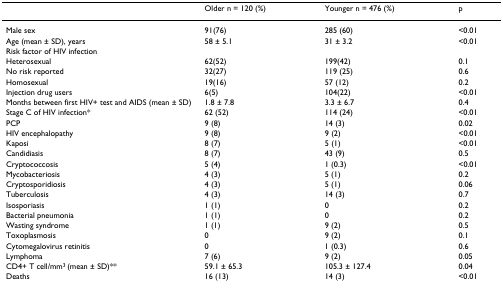
<table><thead><tr><td></td><td><b>Older n = 120 (%)</b></td><td><b>Younger n = 476 (%)</b></td><td><b>p</b></td></tr></thead><tbody><tr><td>Male sex</td><td>91(76)</td><td>285 (60)</td><td>&lt;0.01</td></tr><tr><td>Age (mean ± SD), years</td><td>58 ± 5.1</td><td>31 ± 3.2</td><td>&lt;0.01</td></tr><tr><td>Risk factor of HIV infection</td><td></td><td></td><td></td></tr><tr><td>Heterosexual</td><td>62(52)</td><td>199(42)</td><td>0.1</td></tr><tr><td>No risk reported</td><td>32(27)</td><td>119 (25)</td><td>0.6</td></tr><tr><td>Homosexual</td><td>19(16)</td><td>57 (12)</td><td>0.2</td></tr><tr><td>Injection drug users</td><td>6(5)</td><td>104(22)</td><td>&lt;0.01</td></tr><tr><td>Months between first HIV+ test and AIDS (mean ± SD)</td><td>1.8 ± 7.8</td><td>3.3 ± 6.7</td><td>0.4</td></tr><tr><td>Stage C of HIV infection*</td><td>62 (52)</td><td>114 (24)</td><td>&lt;0.01</td></tr><tr><td>PCP</td><td>9 (8)</td><td>14 (3)</td><td>0.02</td></tr><tr><td>HIV encephalopathy</td><td>9 (8)</td><td>9 (2)</td><td>&lt;0.01</td></tr><tr><td>Kaposi</td><td>8 (7)</td><td>5 (1)</td><td>&lt;0.01</td></tr><tr><td>Candidiasis</td><td>8 (7)</td><td>43 (9)</td><td>0.5</td></tr><tr><td>Cryptococcosis</td><td>5 (4)</td><td>1 (0.3)</td><td>&lt;0.01</td></tr><tr><td>Mycobacteriosis</td><td>4 (3)</td><td>5 (1)</td><td>0.2</td></tr><tr><td>Cryptosporidiosis</td><td>4 (3)</td><td>5 (1)</td><td>0.06</td></tr><tr><td>Tuberculosis</td><td>4 (3)</td><td>14 (3)</td><td>0.7</td></tr><tr><td>Isosporiasis</td><td>1 (1)</td><td>0</td><td>0.2</td></tr><tr><td>Bacterial pneumonia</td><td>1 (1)</td><td>0</td><td>0.2</td></tr><tr><td>Wasting syndrome</td><td>1 (1)</td><td>9 (2)</td><td>0.5</td></tr><tr><td>Toxoplasmosis</td><td>0</td><td>9 (2)</td><td>0.1</td></tr><tr><td>Cytomegalovirus retinitis</td><td>0</td><td>1 (0.3)</td><td>0.6</td></tr><tr><td>Lymphoma</td><td>7 (6)</td><td>9 (2)</td><td>0.05</td></tr><tr><td>CD4+ T cell/mm<sup>3 </sup>(mean ± SD)**</td><td>59.1 ± 65.3</td><td>105.3 ± 127.4</td><td>0.04</td></tr><tr><td>Deaths</td><td>16 (13)</td><td>14 (3)</td><td>&lt;0.01</td></tr></tbody></table>